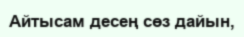
Айтысам десең сөз дайын,